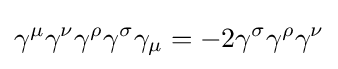
\gamma ^{\mu }\gamma ^{\nu }\gamma ^{\rho }\gamma ^{\sigma }\gamma _{\mu }=-2\gamma ^{\sigma }\gamma ^{\rho }\gamma ^{\nu }